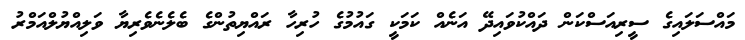
މައްސަލައިގެ ސީރިއަސްކަން ދައްކުވައިދޭ އަނެއް ކަމަކީ ގައުމުގެ ހުރިހާ ރައްޔިތުންގެ ބެލެނެވެރިޔާ ވަލިއްޔުލްއަމްރު